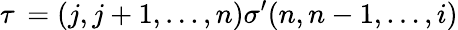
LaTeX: \tau\, =(j,j+1,\ldots,n)\sigma^{\prime}(n,n-1,\ldots,i)